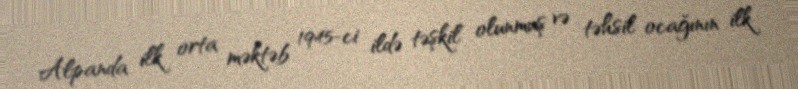
Alpanda ilk orta məktəb 1945-ci ildə təşkil olunmuş və təhsil ocağının ilk